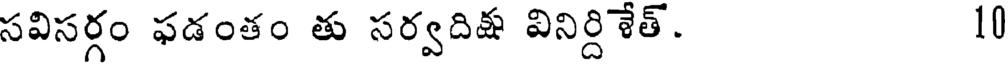
సవిసర్గం ఫడంతం తు సర్వదిష వినిర్దిేత్. 10